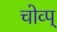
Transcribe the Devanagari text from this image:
चोव्प्